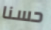
حسنا